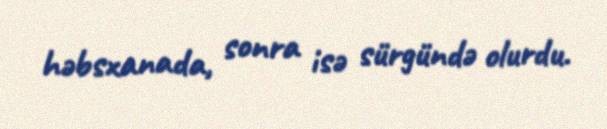
həbsxanada, sonra isə sürgündə olurdu.